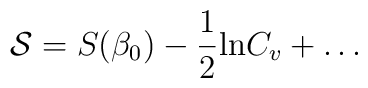
{\cal S}=S(\beta_0)-\frac{1}{2}{\rm ln }{C_v}+\ldots